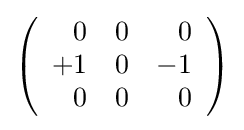
\left({\begin{array}{rrr}0&0&0\\+1&0&-1\\0&0&0\end{array}}\right)